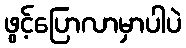
ဖွင့်ပြောလာမှာပါပဲ